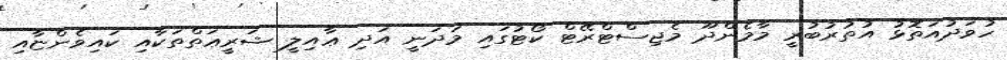
ހުވަދުއަތޮޅު އުތުރުބުރީ މާމެންދޫ މެޖިސްޓްރޭޓް ކޯޓުގައި މަދަނީ އަދި ޢާއިލީ ޝަރީޢަތްތަކާއި ކައިވެންޏާއި